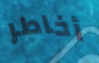
أخاطر